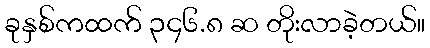
ခုနှစ်ကထက် ၃၄၆.၈ ဆ တိုးလာခဲ့တယ်။